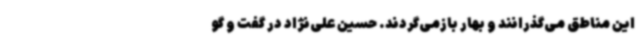
این مناطق می‌گذرانند و بهار بازمی‌گردند. حسین علی‌نژاد در گفت و گو